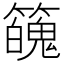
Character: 𥶱